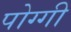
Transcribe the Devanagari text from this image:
पोग्गी